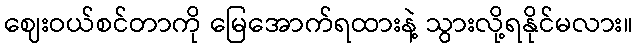
ဈေးဝယ်စင်တာကို မြေအောက်ရထားနဲ့ သွားလို့ရနိုင်မလား။